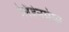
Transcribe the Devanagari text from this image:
लिंडेनमेयर